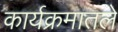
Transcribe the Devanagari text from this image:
कार्यक्रमातले